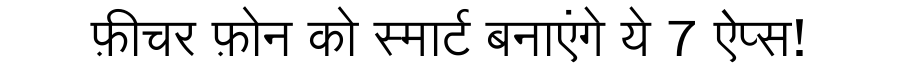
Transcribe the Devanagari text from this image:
फ़ीचर फ़ोन को स्मार्ट बनाएंगे ये 7 ऐप्स!